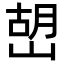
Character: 𡹹